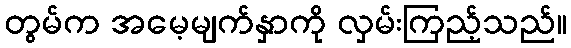
တွမ်က အမေ့မျက်နှာကို လှမ်းကြည့်သည်။